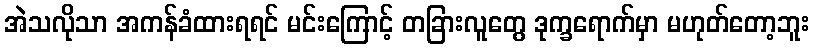
အဲသလိုသာ အကန်ခံထားရရင် မင်းကြောင့် တခြားလူတွေ ဒုက္ခရောက်မှာ မဟုတ်တော့ဘူး